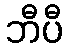
ဘီပီ